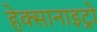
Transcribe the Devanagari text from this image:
हेक्सानाइट्रो